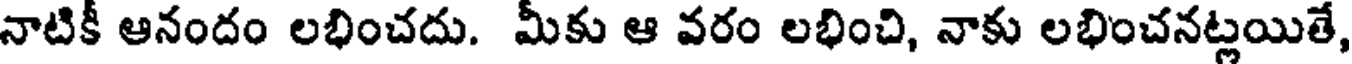
నాటికీ ఆనందం లభించదు. మీకు ఆ వరం లభించి, నాకు లభించనట్లయితే,